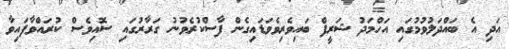
އަދި އެ ބައްދަލުވުމުގައި އަހްމަދު ޝަރީފް ބައިވެރިވެވަޑައިގެން ފާސްކުރެވުނު ގަރާރުގައި ސޮއިވެސް ކުރައްވާފައިވާ